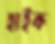
হাইক